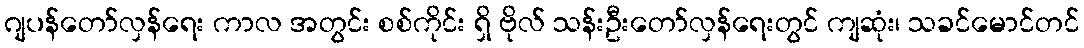
ဂျပန်တော်လှန်ရေး ကာလ အတွင်း စစ်ကိုင်း ရှိ ဗိုလ် သန်းဦးတော်လှန်ရေးတွင် ကျဆုံး၊ သခင်မောင်တင်